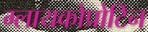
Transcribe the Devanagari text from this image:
ग्लायकोप्रोटिन